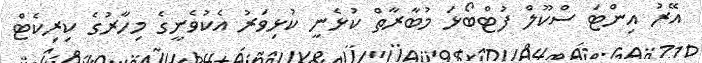
އޭރު އިންޓަ ސްކޫލް ފުޓްބޯޅަ މުބާރާތް ކުޅެނީ ކުޅިވަރު އެކުވެނީގެ މިހާރުގެ ކިރިކެޓް